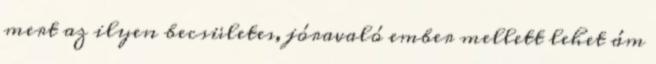
mert az ilyen becsületes, jóravaló ember mellett lehet ám